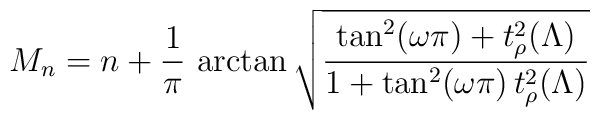
M_n=n+\frac{1}{\pi}\,\arctan\sqrt{\frac{\tan^2(\omega\pi)+t_\rho^2(\Lambda)}{1+\tan^2(\omega\pi)\,t_\rho^2(\Lambda)}}